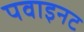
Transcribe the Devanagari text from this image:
पवाइनट